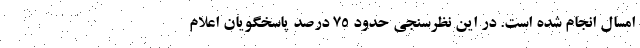
امسال انجام شده است. در این نظرسنجی حدود ۷۵ درصد پاسخگویان اعلام